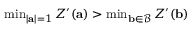
\begin{array} { r } { \operatorname* { m i n } _ { | \mathbf { a } | = 1 } Z ^ { \prime } ( \mathbf { a } ) > \operatorname* { m i n } _ { \mathbf { b } \in \mathcal { B } } Z ^ { \prime } ( \mathbf { b } ) } \end{array}